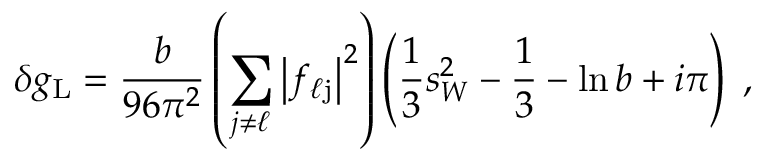
\delta g _ { \mathrm L } = \frac { b } { 9 6 \pi ^ { 2 } } \left( \sum _ { j \neq \ell } \left| f _ { \ell \mathrm j } \right| ^ { 2 } \right) \left( \frac { 1 } { 3 } s _ { W } ^ { 2 } - \frac { 1 } { 3 } - \ln b + i \pi \right) \; ,